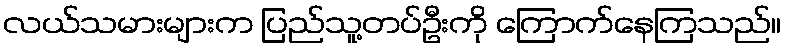
လယ်သမားများက ပြည်သူ့တပ်ဦးကို ကြောက်နေကြသည်။